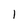
Character: 1